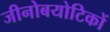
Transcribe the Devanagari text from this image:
जीनोबयोटिकों